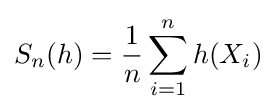
S_{n}(h)={\dfrac {1}{n}}\sum _{i=1}^{n}h(X_{i})